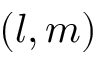
( l , m )